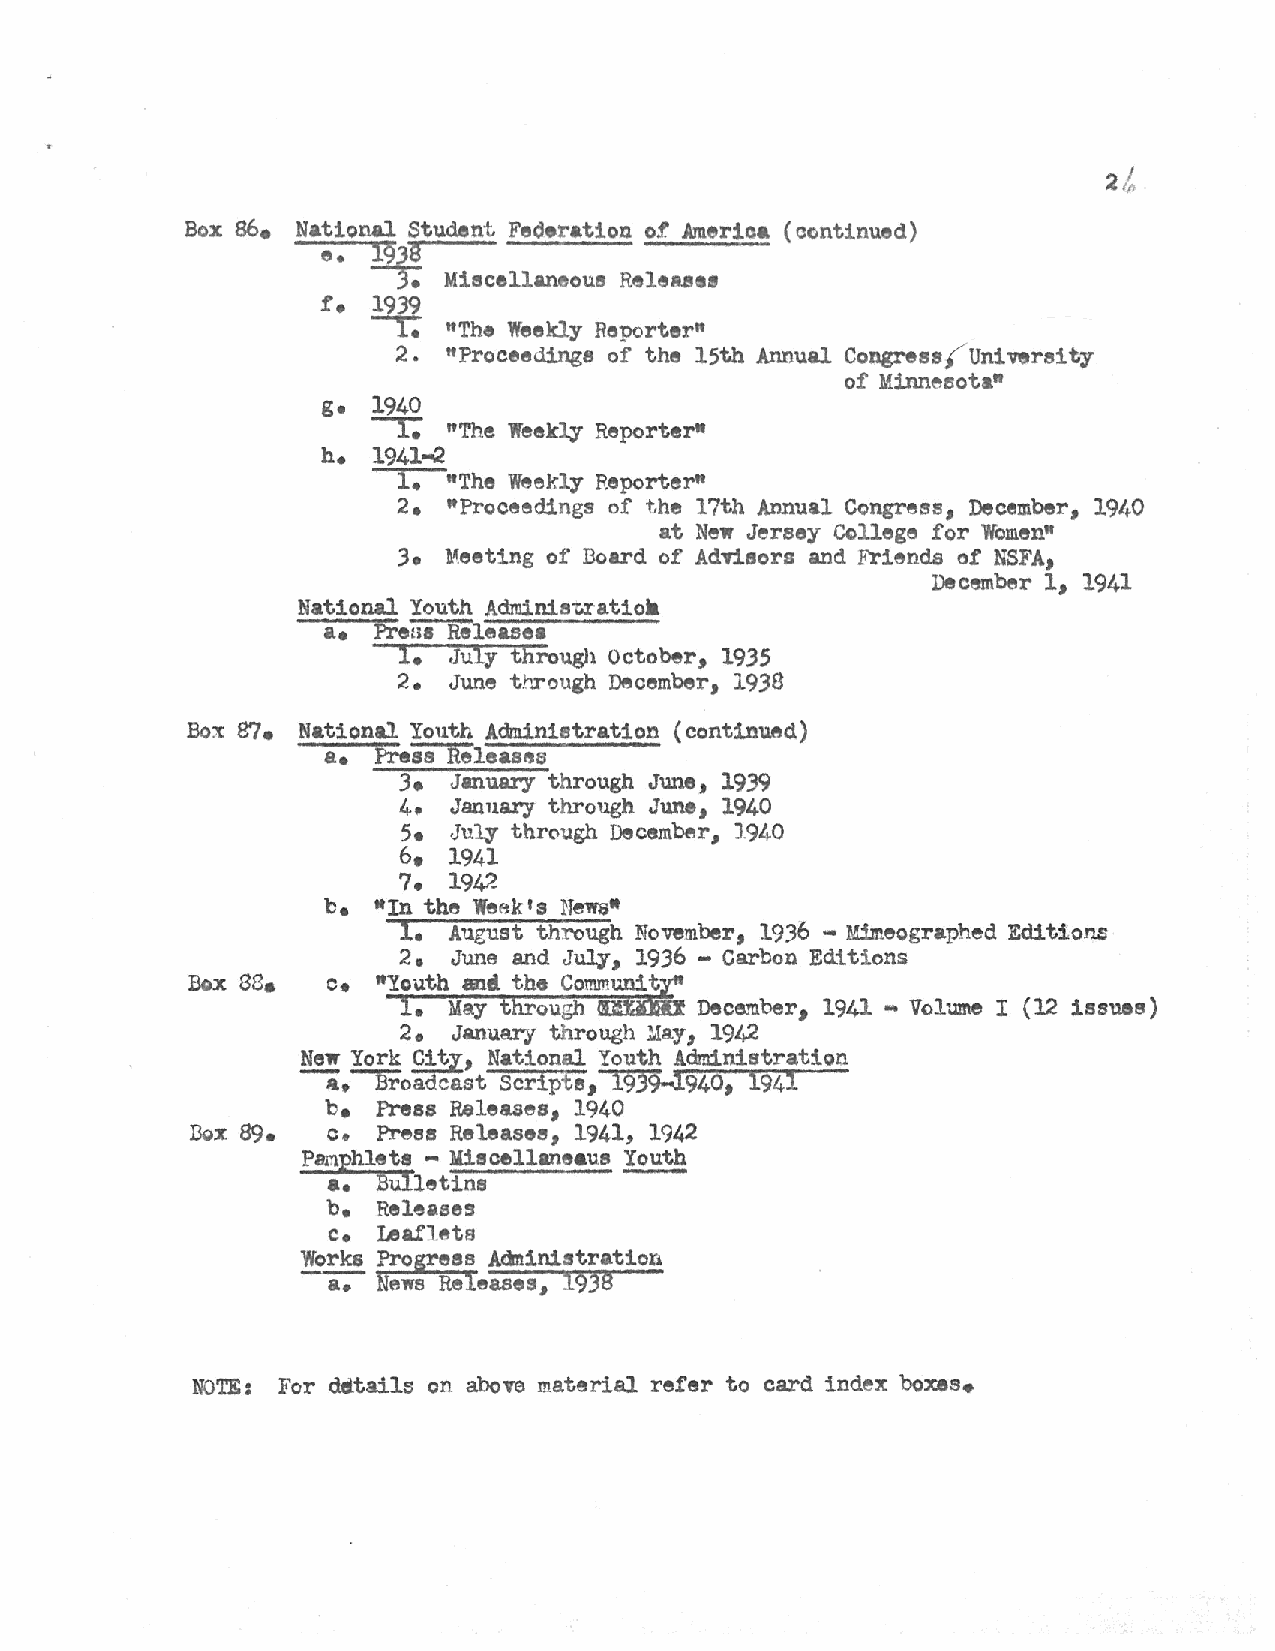
Box 86. National Student Fed•ration o!. America (c~ntinued)
 e.  f9~s.
 Miscellaneous
 R~leAses
 f.  1939
 --r; ~The Weekly Reporter"
 2. "Proceedings of the 15th Annual Congress.(U ni 'V$rsi ty
 of Minne8ota"
 g.  1940
 -r;   ~The Weekly Reporter•
 h.  1941-2
 1.  "The Weekly Reporter"
 2.  "Proceedings of the 17th Annual Congress, December, 1940
 at New Jersey College for Women"
 3• ¥eeting of Board of Advisors and Friends of NSFA
 1
 December 1 1941
 1
 National Youth
 Adminis~atioa
 a.  Pi"eii'8Ri1easea
 1.  ,July through October, 1935
 2.  June t.b.rough December, 1938
 Box e:J. National Youth Administration (continU8d)
 a.  Prei'S""Re1eases
 3•  January through June, 1939
 4•  Jan11ary through June, 1940
 5•  July thrCiugh December, 1940
 6.  1941
 7.  1942
 be  ttin the Weak's News•
 1.
 August through November, 1936 - Mimeographed Editions
 2 • June and July 1936 - Carbon Editions
 ss.                     1
 Box       o. "Youth anti the Comm~
 l.  May through at  December, 1941 .._ Volume I (12 issues)
 2.  January through .May, 1942
 New York City, National Youth Administration
 --a.~oadcast Scripts, 1939-[940 l94l
 1
 be Press Releases, 1940
 Dox 89.   c. Press Releases, 1941, 1942
 Psnphlets - Misce1laneaus Youth
 •• BU!letins
 b. Releases
 c.
 Lea.f'l~ta
 Works Progress Administration
 a. News Releases, 1938
 NOTE: For dtitails on above material refer to card index boxes.